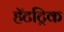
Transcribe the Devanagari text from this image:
हॅटट्रिक